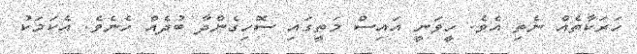
ހަރަކާތެއް ނެތި އެވެ. ހީވަނީ އައިސް މަތީގައި ސޮހިގެންދާ ބުދެއް ހެނެވެ. އެކަމަކު